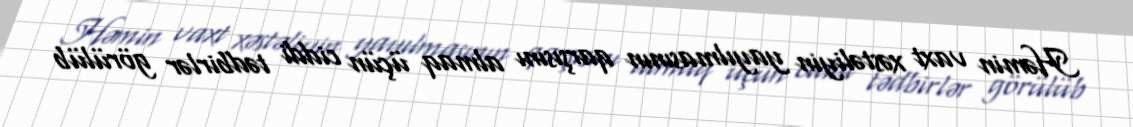
Həmin vaxt xəstəliyin yayılmasının qarşısını almaq üçün ciddi tədbirlər görülüb